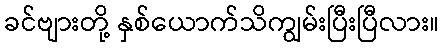
ခင်ဗျားတို့ နှစ်ယောက်သိကျွမ်းပြီးပြီလား။